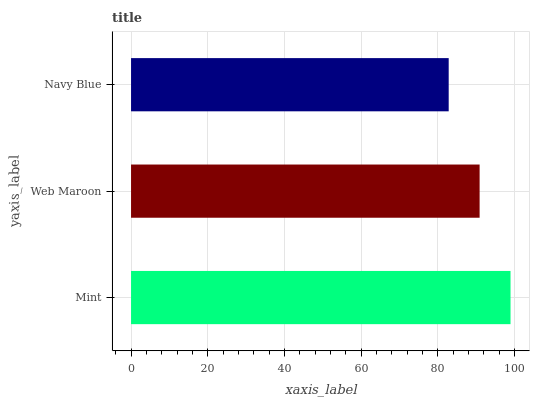
| yaxis_label | bars |
 | --- | --- |
 | Mint | 99 |
 | Web Maroon | 90.9 |
 | Navy Blue | 82.9 |